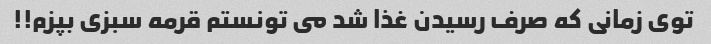
توى زمانى که صرف رسیدن غذا شد مى تونستم قرمه سبزى بپزم!!